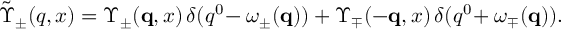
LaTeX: \tilde { \Upsilon } _ { \pm } ( q , x ) = \Upsilon _ { \pm } ( { \mathbf q } , x ) \, \delta ( q ^ { 0 } \! - \omega _ { \pm } ( { \mathbf q } ) ) + \Upsilon _ { \mp } ( - { \mathbf q } , x ) \, \delta ( q ^ { 0 } \! + \omega _ { \mp } ( { \mathbf q } ) ) .